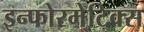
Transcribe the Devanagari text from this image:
इन्फोरमेटिक्स